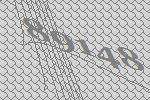
89148